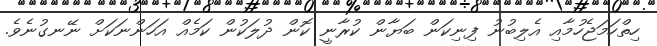
ހިތްހަމަޖެހުމާއި އެލިބުނު ފިނިކަން ބަޔާން ކުރާނީ ކޮން ދުލަކުން ކަމެއް އަހަންނަކަށް ނޭނގުނެވެ.